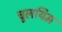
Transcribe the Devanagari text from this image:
चुलयिम